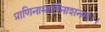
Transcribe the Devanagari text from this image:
प्राणिनामार्तिनाशनम्।।